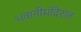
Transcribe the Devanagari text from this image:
भवानीमंदिरात